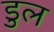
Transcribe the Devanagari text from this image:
डुल